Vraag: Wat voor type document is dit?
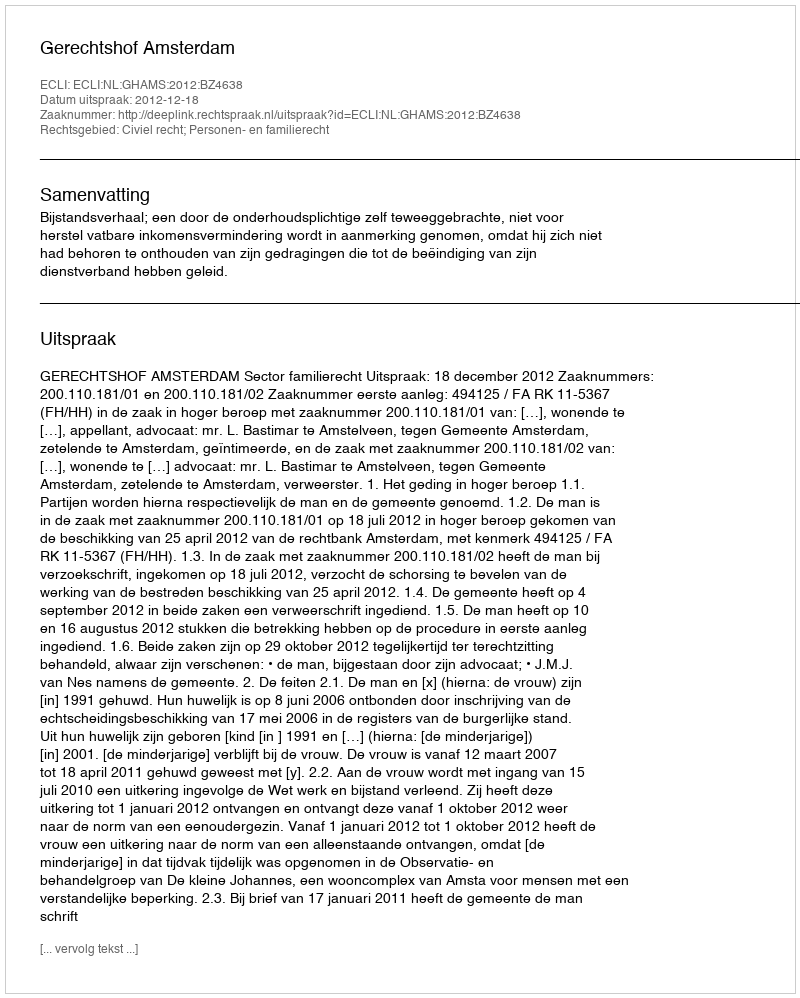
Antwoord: Uitspraak